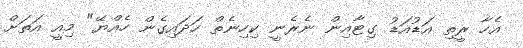
އެހާ ރީތި އަޑުއަޑު ގިޓާއިން ނެރެނީ ކިހިނެތް ހަދައިގެން ހެއްޔޭ" މިއީ އަތަށް